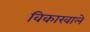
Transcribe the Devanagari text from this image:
विकारवाले